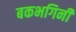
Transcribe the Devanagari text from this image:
बकभगिनी